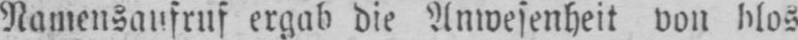
Namensaufruf ergab die Anwesenheit von blos